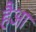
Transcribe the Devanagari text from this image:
हैआ